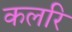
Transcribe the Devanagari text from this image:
कलरि